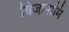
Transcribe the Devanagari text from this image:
विजानामि